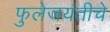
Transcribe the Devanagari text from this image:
फुलेजयंतीचे